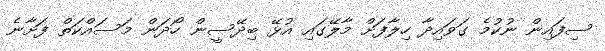
ސިފައިން ނުކުމެ ގަވައިދާ ހިލާފަށް މާލޭގައި އުޅޭ ބިދޭސީން ހޯދަން މަސައްކަތް ފަށާނެ